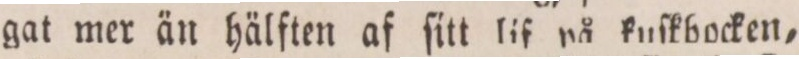
gat mer än hälften af ſitt lif på kuſkbocken,